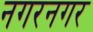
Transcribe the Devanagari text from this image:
नगरनगर